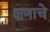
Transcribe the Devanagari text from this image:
क्षणाचे